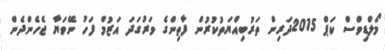
މޯލްޑިވްސް ކަޕް 2015ދަރިން ތަރުބިއްޔަތުކުރުން ފާތިންގެ ވަރުގަދަ އަޒުމް ފަހު ނޭވަޔާ ޖެހެންދެން